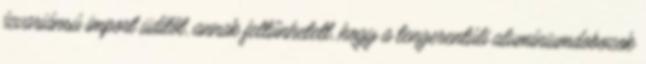
ízvariánsú import üdítőt, annak feltűnhetett, hogy a tengerentúli alumíniumdobozok